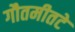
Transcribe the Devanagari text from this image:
गौतमीतटे